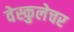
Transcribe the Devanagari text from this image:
वेस्कुलेचर